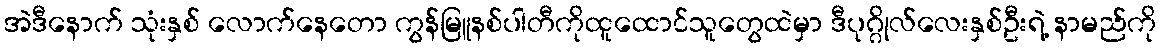
အဲဒီနောက် သုံးနှစ် လောက်နေတော ကွန်မြူနစ်ပါတီကိုထူထောင်သူတွေထဲမှာ ဒီပုဂ္ဂိုလ်လေးနှစ်ဦးရဲ့ နာမည်ကို